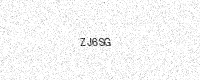
Text: ZJ6SG